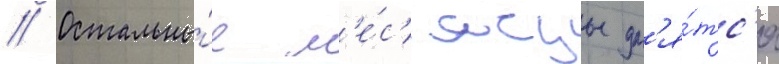
// Остальны́е м'е́с'яцы дл'я́тс'я